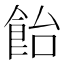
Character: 飴